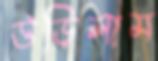
উড়িলাম